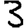
Digit: 3